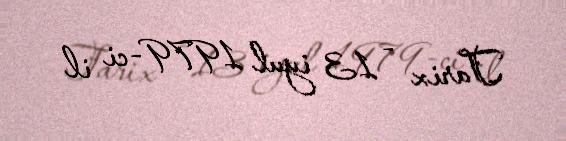
Tarix - 13 iyul 1979-ci il